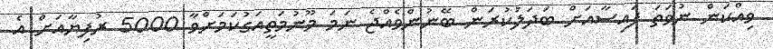
ވިއްކަން ނުވަތަ ފައިސާއަށް ބަދަލުކުރަން ބޭނުންވެއްޖެ ނަމަ މޫނުމަތީއަގުކަމަށްވާ 5000 ރުފިޔާއަށް އެ